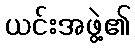
ယင်းအဖွဲ့၏